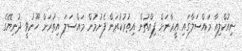
ނިއުކްލިއާ މައްސަލާގައި އީރާނަށް ފިއްތުން އިތުރުކުރަން ފެށުމުން މައްސަލަ އިތުރަށް ހޫނުވީ ދުނިޔޭގެ